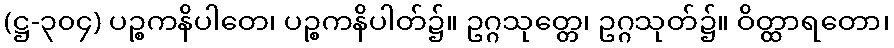
(ဋ္ဌ-၃၀၄) ပဉ္စကနိပါတေ၊ ပဉ္စကနိပါတ်၌။ ဥဂ္ဂသုတ္တေ၊ ဥဂ္ဂသုတ်၌။ ဝိတ္ထာရတော၊